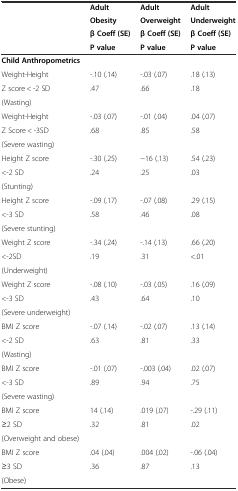
| <ROWSPAN=2>  | Adult | Adult | Adult |
 | Obesity | Overweight | Underweight |
 |  | β Coeff (SE) | β Coeff (SE) | β Coeff (SE) |
 |  | P value | P value | P value |
 | --- | --- | --- | --- |
 | Child Anthropometrics |  |  |  |
 | Weight-Height | -.10 (.14) | -.03 (.07) | .18 (.13) |
 | Z score < -2 SD | .47 | .66 | .18 |
 | (Wasting) |  |  |  |
 | Weight-Height | -.03 (.07) | -.01 (.04) | .04 (.07) |
 | Z Score < -3SD | .68 | .85 | .58 |
 | (Severe wasting) |  |  |  |
 | Height Z score | -.30 (.25) | −16 (.13) | .54 (.23) |
 | <-2 SD | .24 | .25 | .03 |
 | (Stunting) |  |  |  |
 | Height Z score | -.09 (.17) | -.07 (.08) | .29 (.15) |
 | <-3 SD | .58 | .46 | .08 |
 | (Severe stunting) |  |  |  |
 | Weight Z score | -.34 (.24) | -.14 (.13) | .66 (.20) |
 | <-2SD | .19 | .31 | <.01 |
 | (Underweight) |  |  |  |
 | Weight Z score | -.08 (.10) | -.03 (.05) | .16 (.09) |
 | <-3 SD | .43 | .64 | .10 |
 | (Severe underweight) |  |  |  |
 | BMI Z score | -.07 (.14) | -.02 (.07) | .13 (.14) |
 | <-2 SD | .63 | .81 | .33 |
 | (Wasting) |  |  |  |
 | BMI Z score | -.01 (.07) | -.003 (.04) | .02 (.07) |
 | <-3 SD | .89 | .94 | .75 |
 | (Severe wasting) |  |  |  |
 | BMI Z score | 14 (.14) | .019 (.07) | -.29 (.11) |
 | ≥2 SD | .32 | .81 | .02 |
 | (Overweight and obese) |  |  |  |
 | BMI Z score | .04 (.04) | .004 (.02) | -.06 (.04) |
 | ≥3 SD | .36 | .87 | .13 |
 | (Obese) |  |  |  |